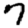
Digit: 7